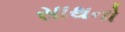
સાથનો